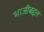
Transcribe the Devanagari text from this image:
भाजीबद्दल